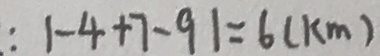
: 1 - 4 + 7 - 9 1 = 6 ( k m )